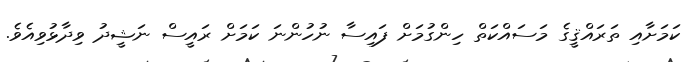
ކަމަށާއި ތަރައްޤީގެ މަސައްކަތް ހިންގުމަށް ފައިސާ ނުހުންނަ ކަމަށް ރައީސް ނަޝީދު ވިދާޅުވިއެވެ.